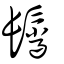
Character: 鬣